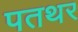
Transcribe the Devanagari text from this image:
पतथर